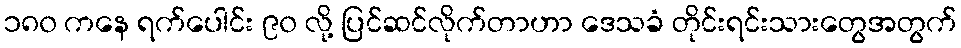
၁၈၀ ကနေ ရက်ပေါင်း ၉၀ လို့ ပြင်ဆင်လိုက်တာဟာ ဒေသခံ တိုင်းရင်းသားတွေအတွက်